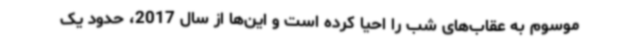
موسوم به عقاب‌های شب را احیا کرده است و این‌ها از سال 2017، حدود یک